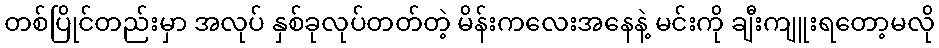
တစ်ပြိုင်တည်းမှာ အလုပ် နှစ်ခုလုပ်တတ်တဲ့ မိန်းကလေးအနေနဲ့ မင်းကို ချီးကျူးရတော့မလို